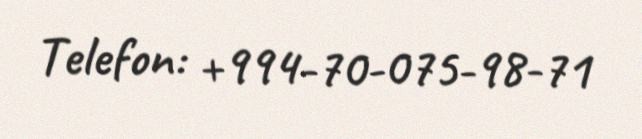
Telefon: +994-70-075-98-71